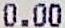
0.00